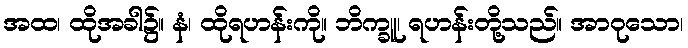
အထ၊ ထိုအခါ၌။ နံ၊ ထိုရဟန်းကို။ ဘိက္ခူ၊ ရဟန်းတို့သည်။ အာဝုသော၊